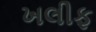
ખલીફ